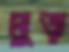
মুড়